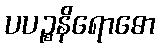
ပပဉ္စနိရောဓော